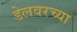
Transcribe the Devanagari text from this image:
डेलवरच्या